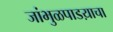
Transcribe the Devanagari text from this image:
जांभुळपाडय़ाचा